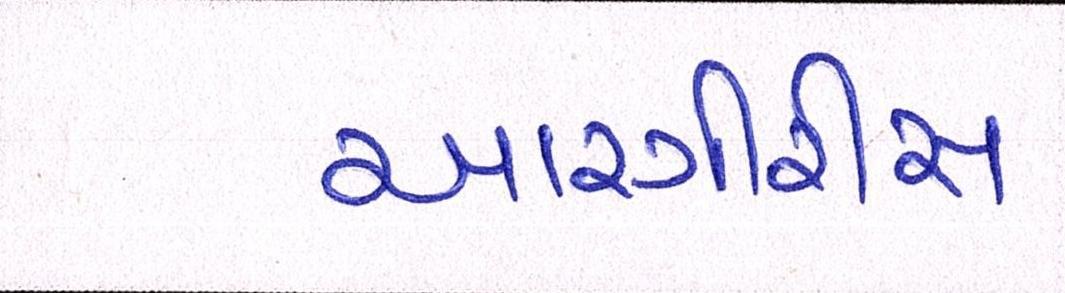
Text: આરગીરીસ